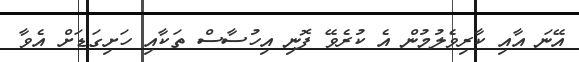
އޭނަ އާއި ކާރިވެލުމުން އެ ކުރެވޭ ފޮނި އިހުސާސް ތަކާއި ހަށިގަޑަށް އެވާ